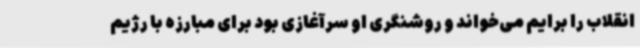
انقلاب را برایم می‌خواند و روشنگری او سرآغازی بود برای مبارزه با رژیم